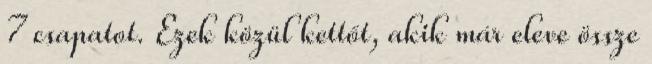
7 csapatot. Ezek közül kettőt, akik már eleve össze